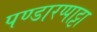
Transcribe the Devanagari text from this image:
पण्डारप्पाट्टा